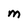
Character: M